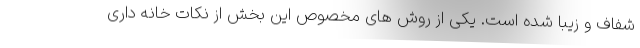
شفاف و زیبا شده است. یکی از روش های مخصوص این بخش از نکات خانه داری